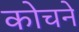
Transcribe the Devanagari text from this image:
कोचने